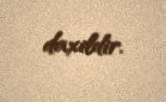
daxildir.